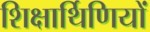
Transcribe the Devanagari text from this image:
शिक्षार्थिणियों